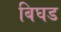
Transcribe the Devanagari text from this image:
बिघड